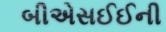
બીએસઈઈની